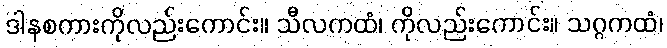
ဒါနစကားကိုလည်းကောင်း။ သီလကထံ၊ ကိုလည်းကောင်း။ သဂ္ဂကထံ၊